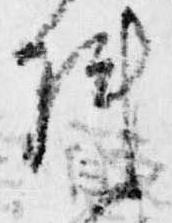
陣